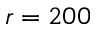
r = 2 0 0